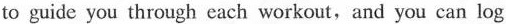
to guide you through each workout and you can log